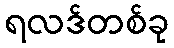
ရလဒ်တစ်ခု